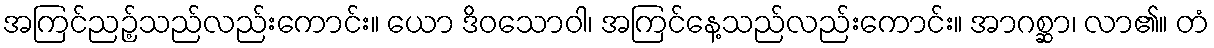
အကြင်ညဉ့်သည်လည်းကောင်း။ ယော ဒိဝသောဝါ၊ အကြင်နေ့သည်လည်းကောင်း။ အာဂစ္ဆာ၊ လာ၏။ တံ